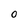
Character: 0